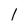
Character: 1